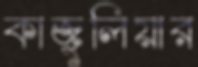
কাজুলিয়ার